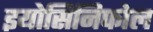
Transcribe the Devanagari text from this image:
इयोसिनिफोल